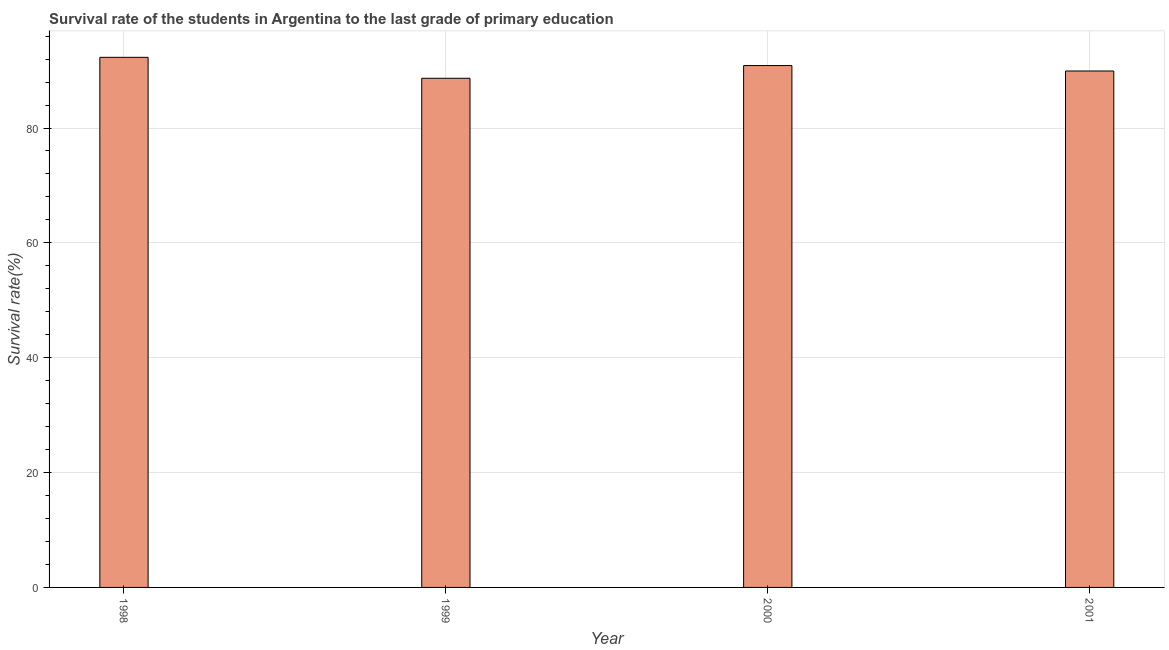
| Year | Primary Education |
 | --- | --- |
 | 1998 | 92.3 |
 | 1999 | 88.7 |
 | 2000 | 90.9 |
 | 2001 | 89.9 |